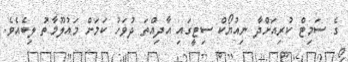
ގެ ސަމިޓް ކުރިއަށްދާ ނިއުޔޯކް ސިޓީގައި އާދިއްތަ ދުވަހު ކަމަށް މައުލޫމާތު ލިބެއެވެ.